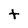
Character: t